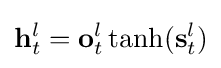
\mathbf {h} _{t}^{l}=\mathbf {o} _{t}^{l}\tanh(\mathbf {s} _{t}^{l})